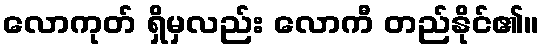
လောကုတ် ရှိမှလည်း လောကီ တည်နိုင်၏။